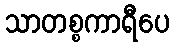
သာတစ္စကာရီပေ